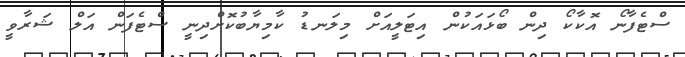
ސްޓެފާނޯ އޮކާކޯ ދިން ބޯޅައަކުން އިޓަލީއަށް މިލަނޑު ކާމިޔާބުކޮށްދިނީ ސްޓެފަން އަލް ޝަރާވީ